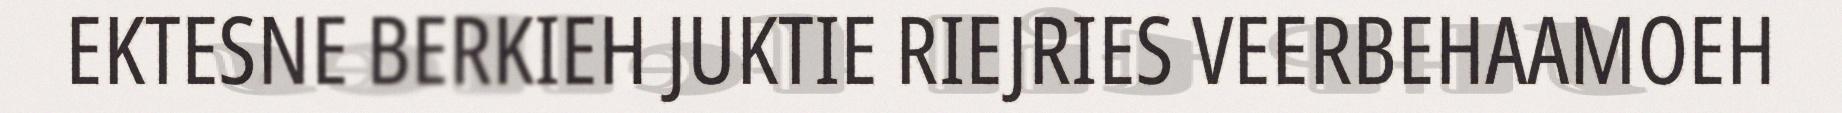
EKTESNE BERKIEH JUKTIE RIEJRIES VEERBEHAAMOEH